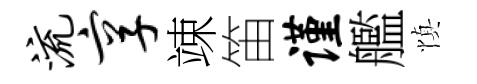
流享竦笛谨艦慎